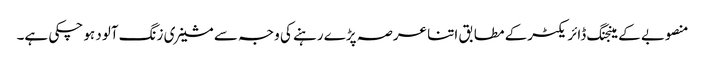
منصوبے کے مینجنگ ڈائریکٹرکے مطابق اتنا عرصہ پڑے رہنے کی وجہ سے مشینری زنگ آلود ہو چکی ہے۔